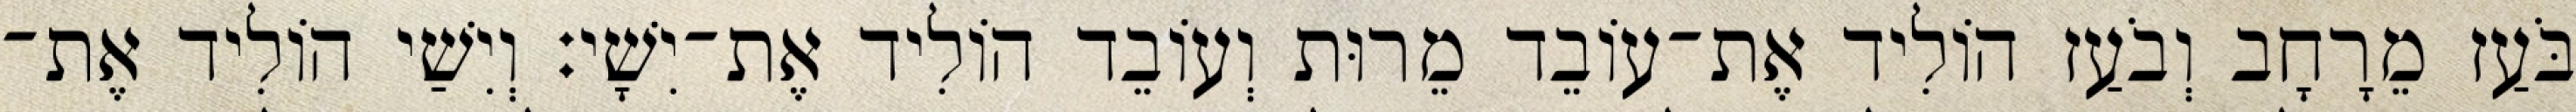
בֹּעַז מֵרָחָב וְבֹעַז הוֹלִיד אֶת־עוֹבֵד מֵרוּת וְעוֹבֵד הוֹלִיד אֶת־יִשָׁי׃ וְיִשַׁי הוֹלִיד אֶת־